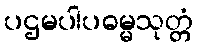
ပဌမပါပဓမ္မသုတ္တံ